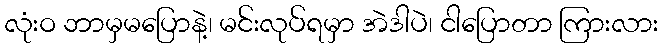
လုံးဝ ဘာမှမပြောနဲ့၊ မင်းလုပ်ရမှာ အဲဒါပဲ၊ ငါပြောတာ ကြားလား